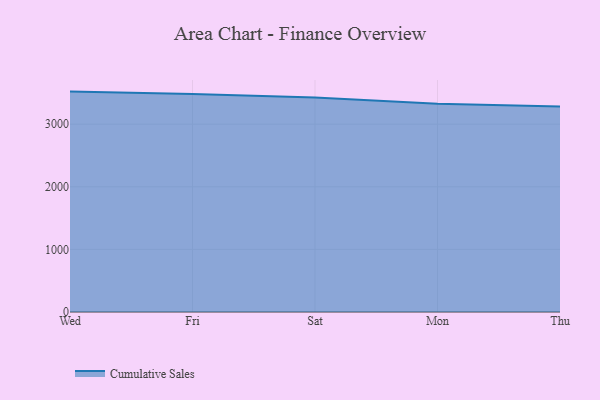
{"axis": {"x": "Day", "y": "Market Share (%)"}, "legend": ["Cumulative Sales"], "data": [{"x": "Wed", "y": 3520.3, "type": "Cumulative Sales"}, {"x": "Fri", "y": 3480.4, "type": "Cumulative Sales"}, {"x": "Sat", "y": 3424.8, "type": "Cumulative Sales"}, {"x": "Mon", "y": 3327.2, "type": "Cumulative Sales"}, {"x": "Thu", "y": 3283.2, "type": "Cumulative Sales"}]}